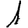
Digit: 1